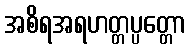
အစိရအရဟတ္တပ္ပတ္တော